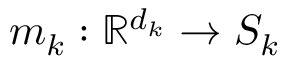
m _ { k } : \mathbb { R } ^ { d _ { k } } \rightarrow S _ { k }